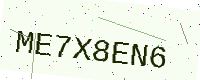
Text: ME7X8EN6